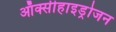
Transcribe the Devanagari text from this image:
ऑक्सीहाइड्रोजन